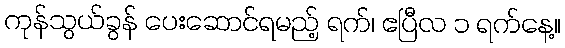
ကုန်သွယ်ခွန် ပေးဆောင်ရမည့် ရက်၊ ဧပြီလ ၁ ရက်နေ့။